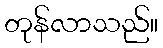
တုန်လာသည်။